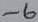
Text: -6